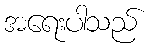
အရေးပါသည်